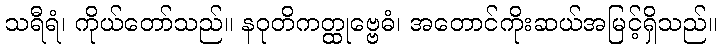
သရီရံ၊ ကိုယ်တော်သည်။ နဝုတိကတ္ထုဗ္ဗေဓံ၊ အတောင်ကိုးဆယ်အမြင့်ရှိသည်။